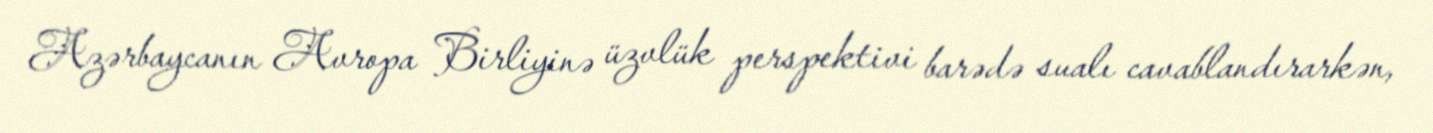
Azərbaycanın Avropa Birliyinə üzvlük perspektivi barədə sualı cavablandırarkən,